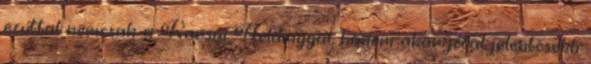
ezúttal nemcsak a Karsai Holdinggal, hanem akár jóval jelentősebb